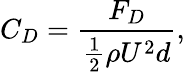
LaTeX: C_{D}=\frac{F_{D}}{\frac{1}{2}\rho U^{2}d},